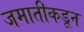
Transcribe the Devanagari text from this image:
जमातीकडून